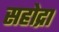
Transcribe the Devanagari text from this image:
सहोद्रा